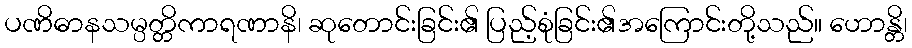
ပဏိဓာနသမ္ပတ္တိကာရဏာနိ၊ ဆုတောင်းခြင်း၏ ပြည့်စုံခြင်း၏အကြောင်းတို့သည်။ ဟောန္တိ၊